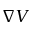
\nabla V